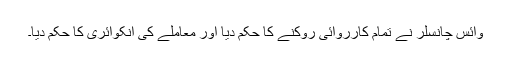
وائس چانسلر نے تمام کارروائی روکنے کا حکم دیا اور معاملے کی انکوائری کا حکم دیا۔